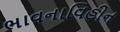
ભાવનાવિહીન